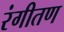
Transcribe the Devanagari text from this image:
रंगीतण